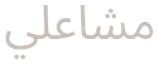
مشاعلي